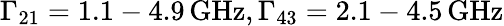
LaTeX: \Gamma_{21}=1.1-4.9\, \textrm{GHz},\Gamma_{43}=2.1-4.5\mathrm{\, GHz}